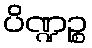
ပိဏ္ဍဉ္စ